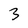
Character: 3